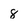
Character: 8